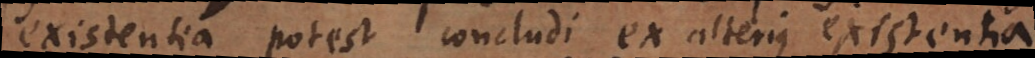
existentia potest concludi ex alterius existentia